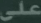
علي